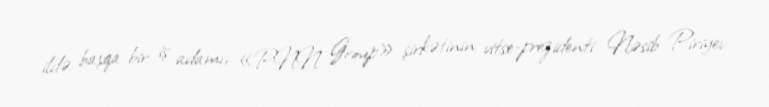
ildə başqa bir iş adamı, «PNN Group» şirkətinin vitse-prezidenti Nəsib Piriyev